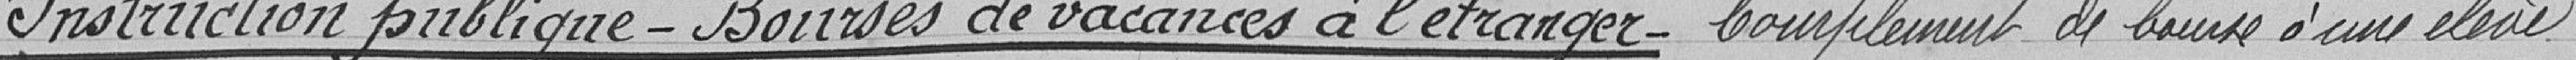
Instruction publique-Bourses de vacances à l'étranger-Complèment de bourse à une élève